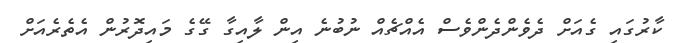
ކާރުގައި ގެއަށް ދެވެންދެންވެސް އެއްޗެއް ނުބުނެ އިން ލާއިގާ ގޭގެ މައިދޮރުން އެތެރެއަށް